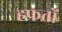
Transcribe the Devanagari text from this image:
हफ्रतों